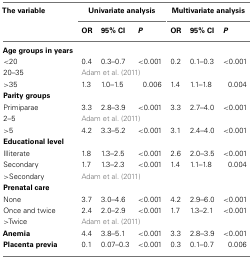
| The variable | <COLSPAN=3> Univariate analysis | <COLSPAN=3> Multivariate analysis |
 |  | OR | 95% CI | P | OR | 95% CI | P |
 | --- | --- | --- | --- | --- | --- | --- |
 | Age groups in years |
 | <20 | 0.4 | 0.3–0.7 | <0.001 | 0.2 | 0.1–0.3 | <0.001 |
 | 20–35 | <COLSPAN=6> Adam et al. (2011) |
 | >35 | 1.3 | 1.0–1.5 | 0.006 | 1.4 | 1.1–1.8 | 0.004 |
 | Parity groups |
 | Primiparae | 3.3 | 2.8–3.9 | <0.001 | 3.3 | 2.7–4.0 | <0.001 |
 | 2–5 | <COLSPAN=6> Adam et al. (2011) |
 | >5 | 4.2 | 3.3–5.2 | <0.001 | 3.1 | 2.4–4.0 | <0.001 |
 | Educational level |
 | Illiterate | 1.8 | 1.3–2.5 | <0.001 | 2.6 | 2.0–3.5 | <0.001 |
 | Secondary | 1.7 | 1.3–2.3 | <0.001 | 1.4 | 1.1–1.8 | 0.004 |
 | >Secondary | <COLSPAN=6> Adam et al. (2011) |
 | Prenatal care |
 | None | 3.7 | 3.0–4.6 | <0.001 | 4.2 | 2.9–6.0 | <0.001 |
 | Once and twice | 2.4 | 2.0–2.9 | <0.001 | 1.7 | 1.3–2.1 | <0.001 |
 | >Twice | <COLSPAN=6> Adam et al. (2011) |
 | Anemia | 4.4 | 3.8–5.1 | <0.001 | 3.3 | 2.8–3.9 | <0.001 |
 | Placenta previa | 0.1 | 0.07–0.3 | <0.001 | 0.3 | 0.1–0.7 | 0.006 |